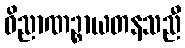
ဝိညာဏဉ္စာယတနသညီ